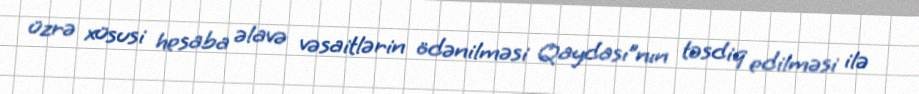
üzrə xüsusi hesaba əlavə vəsaitlərin ödənilməsi Qaydası”nın təsdiq edilməsi ilə